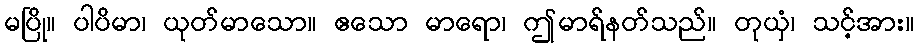
မပြို။ ပါပိမာ၊ ယုတ်မာသော။ ဧသော မာရော၊ ဤမာရ်နတ်သည်။ တုယှံ၊ သင့်အား။